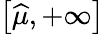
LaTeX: \textstyle\left[{\widehat{\mu}},+\infty\right]